Annual report of the Punjab Veterinary College and of the Civil Veterinary Department, Punjab - 1909-1919
Year: 1909
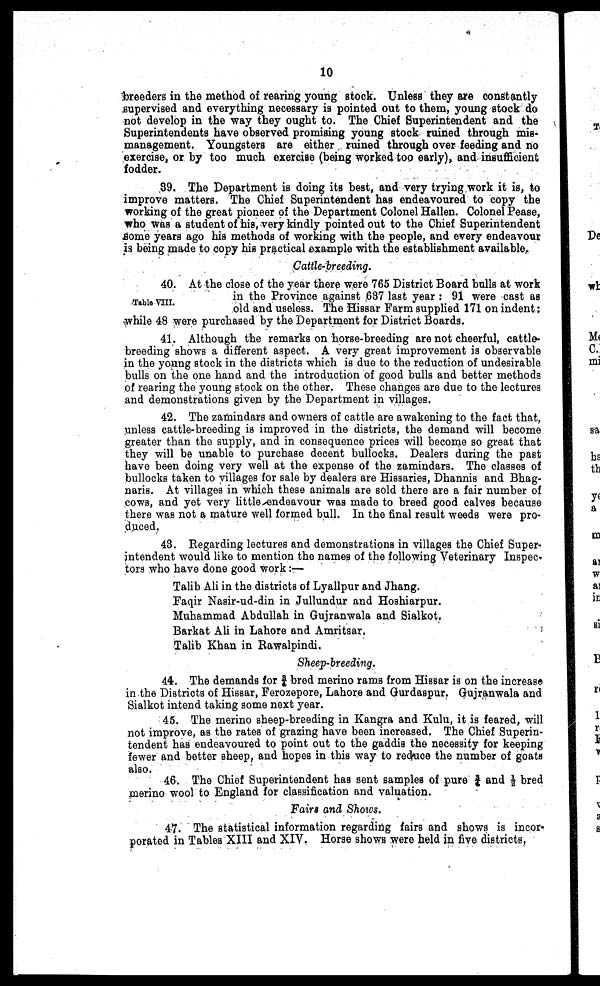
10
breeders in the method of rearing young stock. Unless they are constantly
supervised and everything necessary is pointed out to them, young stock do
not develop in the way they ought to. The Chief Superintendent and the
Superintendents have observed promising young stock ruined through mis-
management. Youngsters are either ruined through over feeding and no
exercise, or by too much exercise (being worked too early), and insufficient
fodder.
39. The Department is doing its best, and very trying work it is, to
improve matters. The Chief Superintendent has endeavoured to copy the
working of the great pioneer of the Department Colonel Hallen. Colonel Pease,
who was a student of his, very kindly pointed out to the Chief Superintendent
some years ago his methods of working with the people, and every endeavour
is being made to copy his practical example with the establishment available.
Cattle-breeding.
Table VIII.
40. At the close of the year there were 765 District Board bulls at work
in the Province against 637 last year : 91 were cast as
old and useless. The Hissar Farm supplied 171 on indent;
while 48 were purchased by the Department for District Boards.
41. Although the remarks on horse-breeding are not cheerful, cattle-
breeding shows a different aspect. A very great improvement is observable
in the young stock in the districts which is due to the reduction of undesirable
bulls on the one hand and the introduction of good bulls and better methods
of rearing the young stock on the other. These changes are due to the lectures
and demonstrations given by the Department in villages.
42. The zamindars and owners of cattle are awakening to the fact that,
unless cattle-breeding is improved in the districts, the demand will become
greater than the supply, and in consequence prices will become so great that
they will be unable to purchase decent bullocks. Dealers during the past
have been doing very well at the expense of the zamindars. The classes of
bullocks taken to villages for sale by dealers are Hissaries, Dhannis and Bhag-
naris. At villages in which these animals are sold there are a fair number of
cows, and yet very little endeavour was made to breed good calves because
there was not a mature well formed bull. In the final result weeds were pro-
duced.
43. Regarding lectures and demonstrations in villages the Chief Super-
intendent would like to mention the names of the following Veterinary Inspec-
tors who have done good work:—
Talib Ali in the districts of Lyallpur and Jhang.
Faqir Nasir-ud-din in Jullundur and Hoshiarpur.
Muhammad Abdullah in Gujranwala and Sialkot.
Barkat Ali in Lahore and Amritsar.
Talib Khan in Rawalpindi.
Sheep-breeding.
44. The demands for ¾ bred merino rams from Hissar is on the increase
in the Districts of Hissar, Ferozepore, Lahore and Gurdaspur. Gujranwala and
Sialkot intend taking some next year.
45. The merino sheep-breeding in Kangra and Kulu, it is feared, will
not improve, as the rates of grazing have been increased. The Chief Superin-
tendent has endeavoured to point out to the gaddis the necessity for keeping
fewer and better sheep, and hopes in this way to reduce the number of goats
also.
46. The Chief Superintendent has sent samples of pure ¾ and ½ bred
merino wool to England for classification and valuation.
Fairs and Shows.
47. The statistical information regarding fairs and shows is incor-
porated in Tables XIII and XIV, Horse shows were held in five districts.